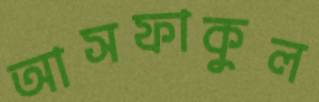
আসফাকুল